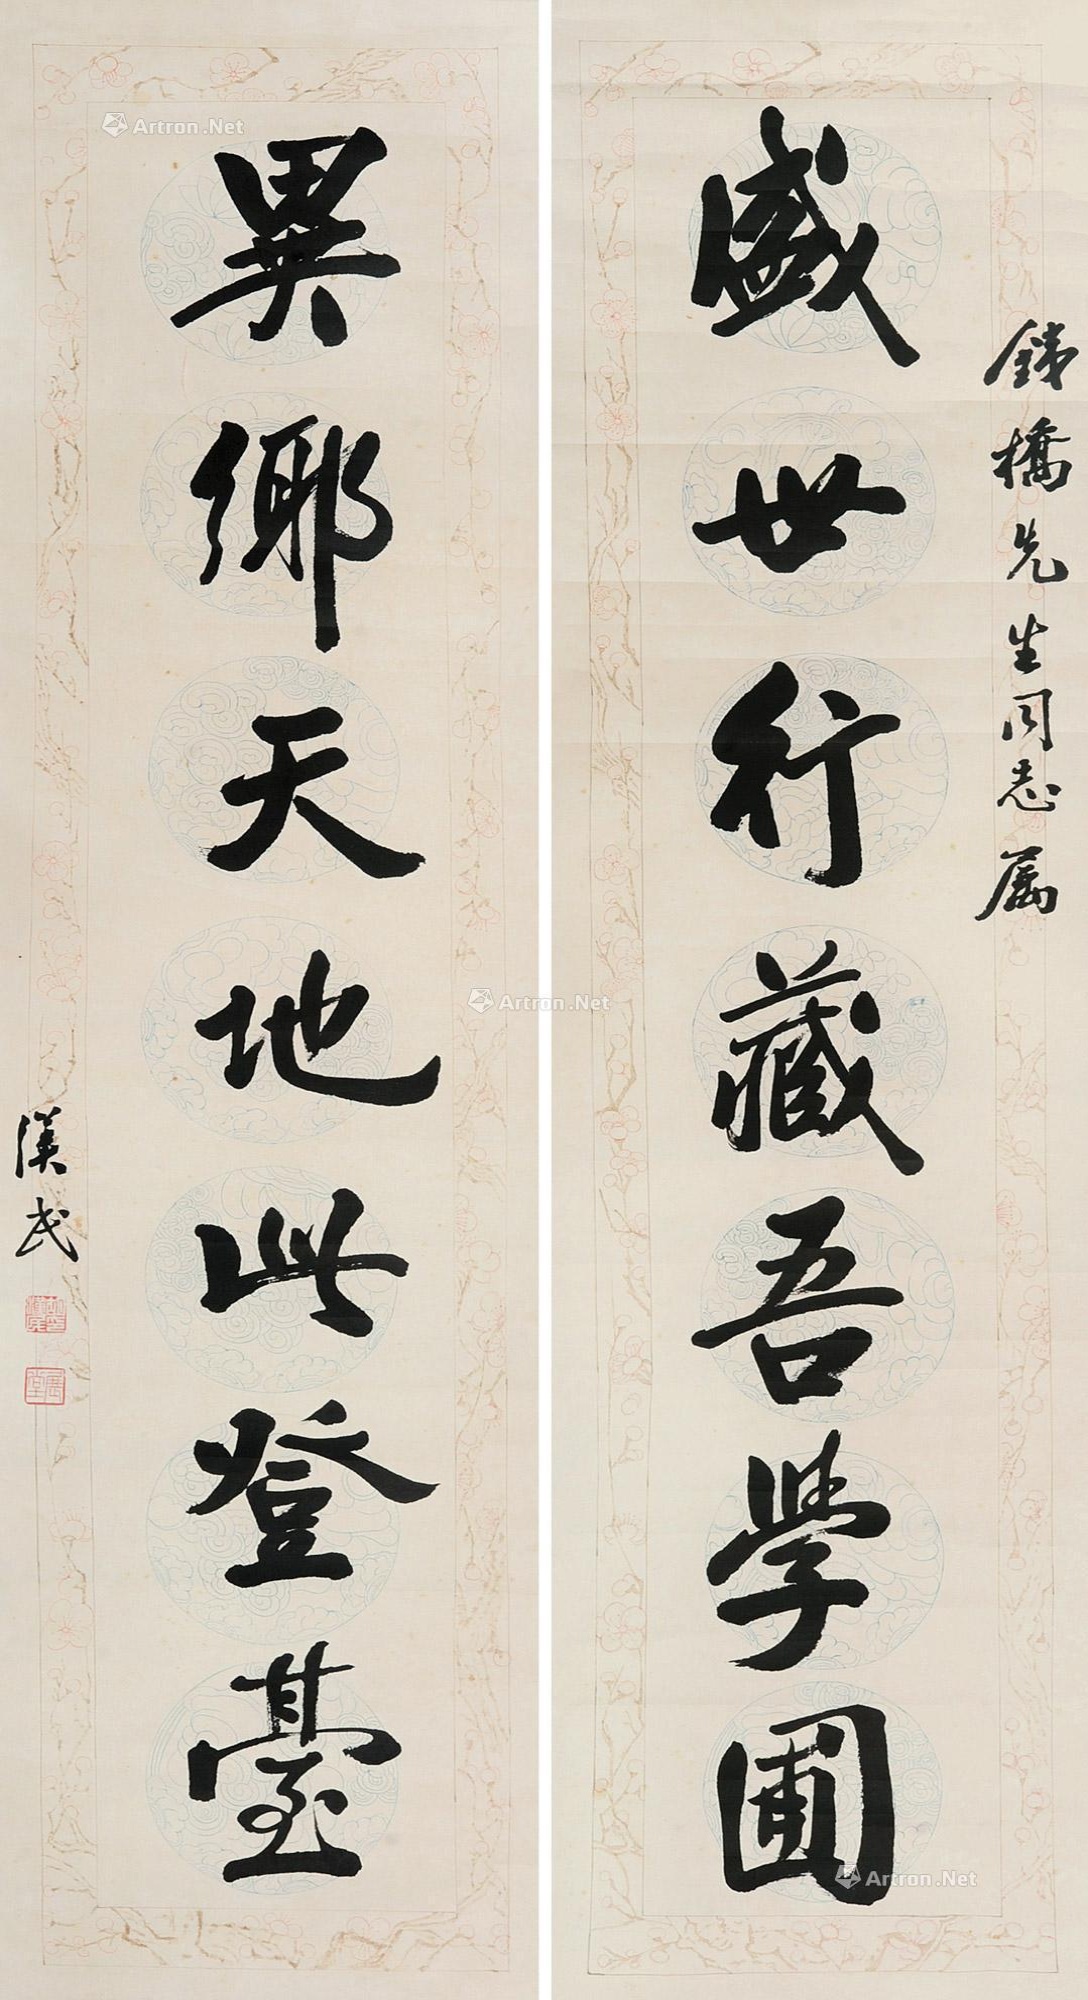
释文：盛世行藏吾学圃，异乡天地此登台。铁桥先生同志属，汉民。